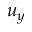
u _ { y }